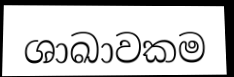
ශාඛාවකම